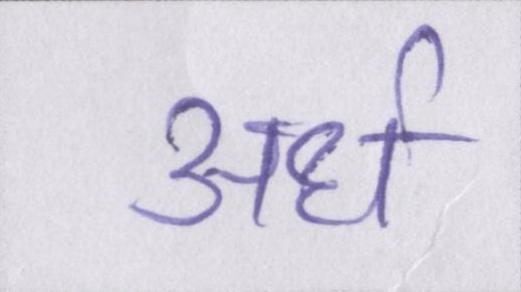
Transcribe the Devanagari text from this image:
अर्ध